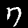
Digit: 7